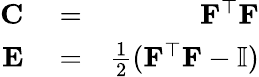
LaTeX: \begin{array}{rlr}{\mathbf{C}}&{{}=}&{\mathbf{F}^{\top}\mathbf{F}}\\ {\mathbf{E}}&{{}=}&{\frac{1}{2}(\mathbf{F}^{\top}\mathbf{F}-\mathbb{I})}\end{array}